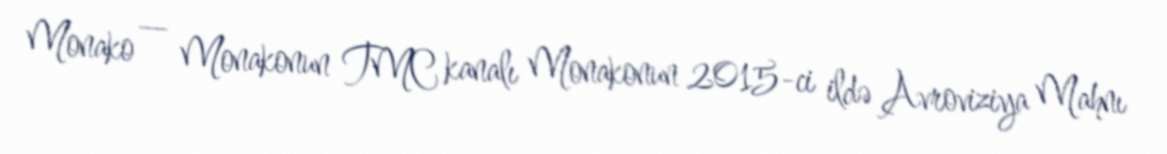
Monako — Monakonun TMC kanalı Monakonun 2015-ci ildə Avroviziya Mahnı